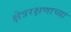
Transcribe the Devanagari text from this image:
क्षेत्ररक्षणाच्या